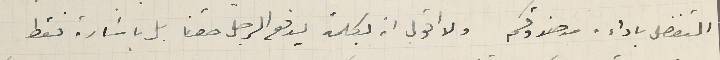
التفضل باداءه من صندوقكم ولا اقول انه بكلمة يدفع الرجل حقنا بل باشارة فقط